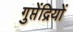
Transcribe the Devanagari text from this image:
गुप्तेंद्रियों